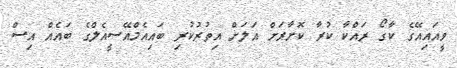
ވީއައިއޭގެ ކާގޯ ރައްކާ ކުރާ ކޮށާރަށް އަލަށް އިތުރުކުރި ބައިއެމްއޭސީއެލްގެ ބައެއް އިސް